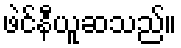
ဖဲင်နီယူဆသည်။